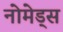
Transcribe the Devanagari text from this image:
नोमेड्स